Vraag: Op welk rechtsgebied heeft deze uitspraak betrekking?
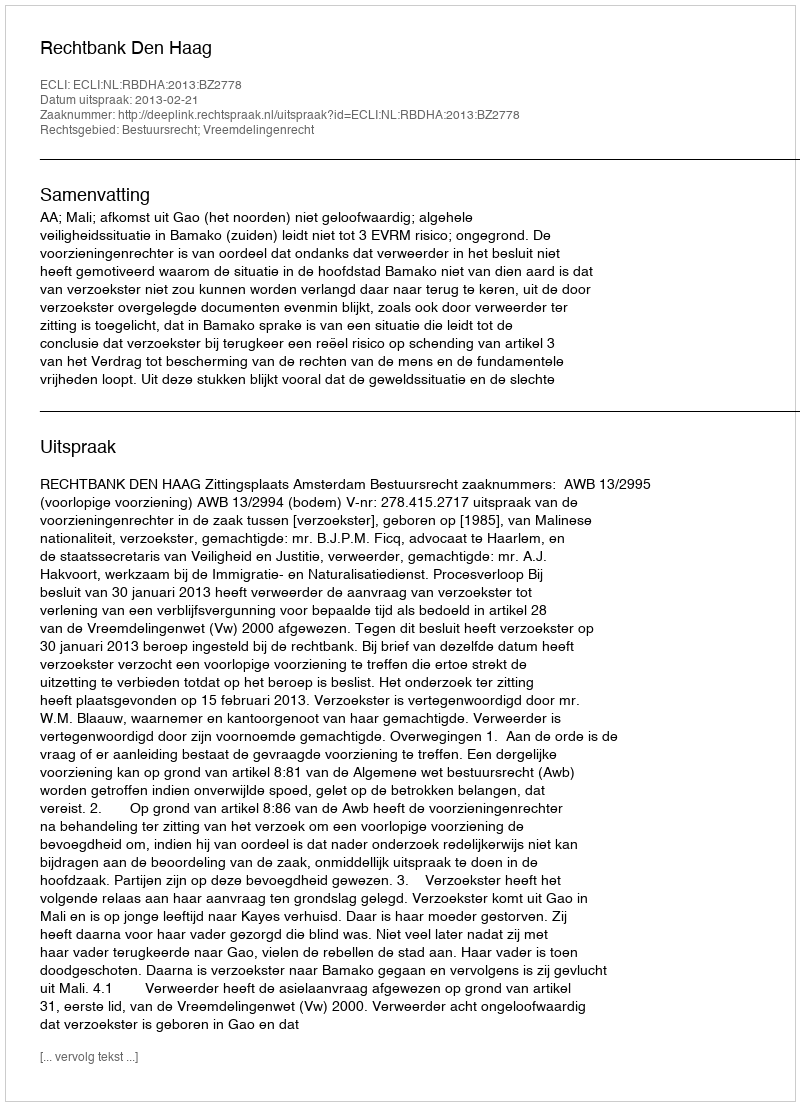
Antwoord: Bestuursrecht; Vreemdelingenrecht